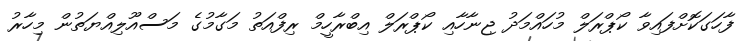
ފާހަގަކޮށްފައިވާ ކޯޕްރަލް މުހައްމަދު ޖިނާހާއި ކޯޕްރަލް އިބްރާހީމް ރިފްއަތު މަގާމުގެ މަސްއޫލިއްޔަތުން މިހާރު